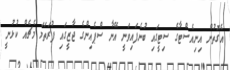
އެގޮތުން އިނިއެސްޓާގެ ސިޓީގައި ބުނެފައިވަނީ އޭނާ ސްޕެއިންގެ ޖާޒީގައި ފުރަތަމަ މެޗެއް ކުޅުނީ